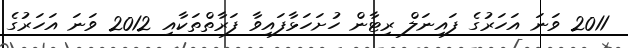
2011 ވަނަ އަހަރުގެ ފައިނަލް ރިޓާން ހުށަހަޅާފައިވާ ފަރާތްތަކާއި 2012 ވަނަ އަހަރުގެ